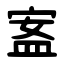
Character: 䀂